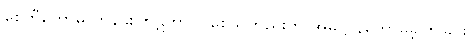
စေတီတော်မှ တန်ခိုးပြာဋိဟာ ပြစေသတည်းဟု အဓိဋ္ဌာန်တော်မူခဲ့ကြခြင်း။